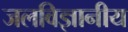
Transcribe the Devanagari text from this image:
जलविज्ञानीय